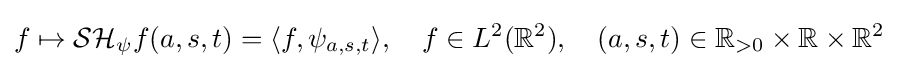
f\mapsto {\mathcal {SH}}_{\psi }f(a,s,t)=\langle f,\psi _{a,s,t}\rangle ,\quad f\in L^{2}(\mathbb {R} ^{2}),\quad (a,s,t)\in \mathbb {R} _{>0}\times \mathbb {R} \times \mathbb {R} ^{2}